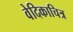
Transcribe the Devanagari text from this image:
वेदिकाचित्र